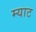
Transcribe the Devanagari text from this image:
म्याट